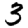
Digit: 3